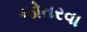
જોતરવા